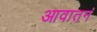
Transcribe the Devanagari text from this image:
आवातनं